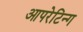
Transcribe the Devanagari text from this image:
आपरेटिन्ग